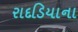
રાદડિયાના